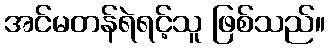
အင်မတန်ရဲရင့်သူ ဖြစ်သည်။